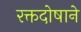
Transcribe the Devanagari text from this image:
रक्तदोषाने